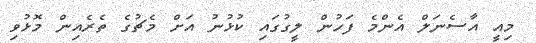
މިއީ އާސެނަލް އެންމެ ފަހުން ލީގުގައި ކުޅުނު އަށް މެޗުގެ ތެރެއިން މޮޅުވި